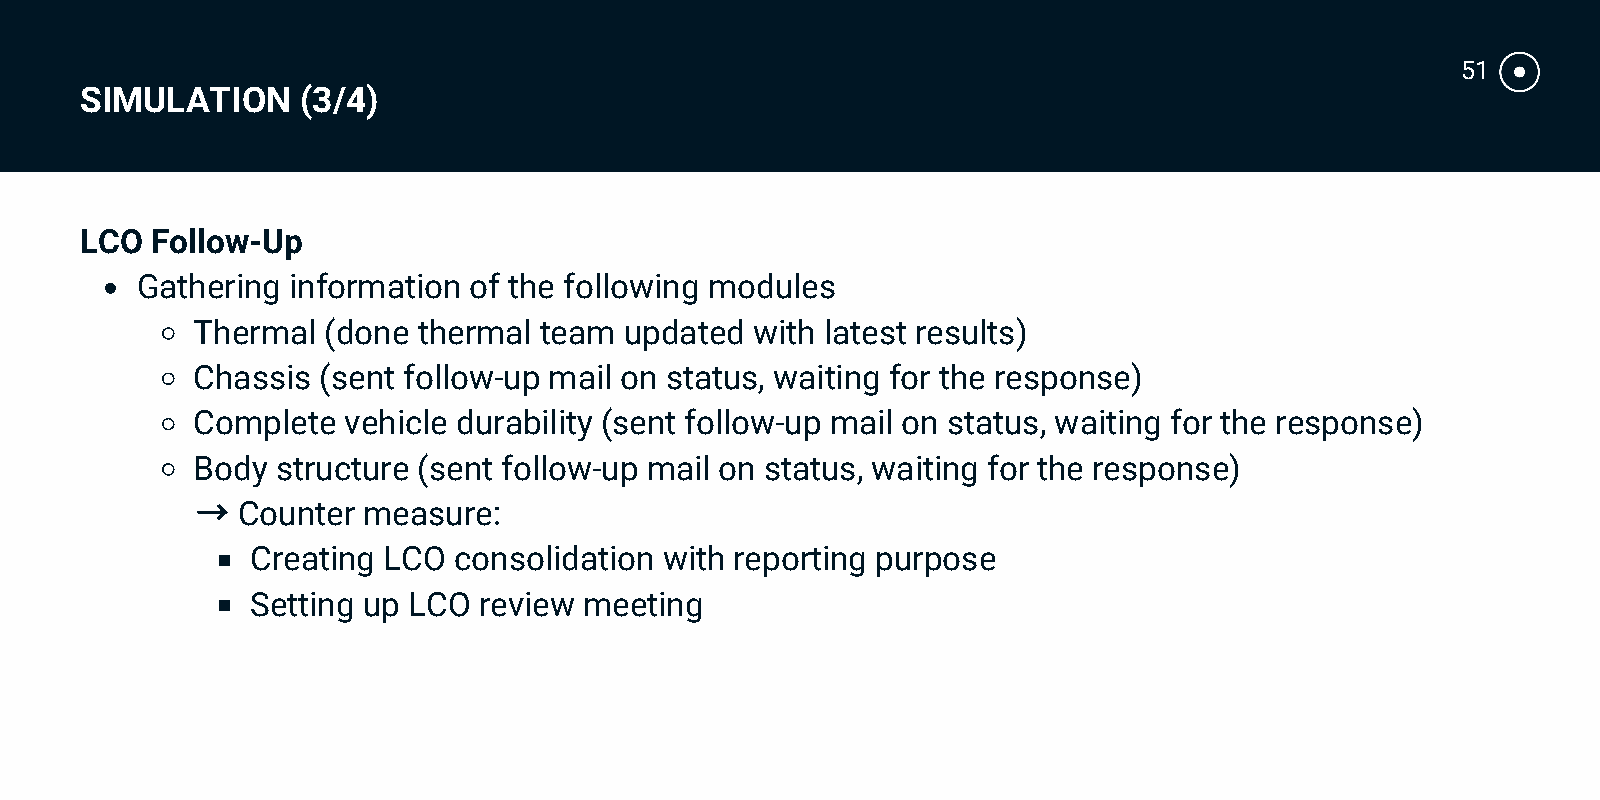
51
 SIMULATION     (3/4)
 LCO  Follow-Up
 Gathering information of the following modules
 Thermal (done  thermal team updated  with latest results)
 Chassis (sent follow-up mail on status, waiting for the response)
 Complete  vehicle durability (sent follow-up mail on status, waiting for the response)
 Body structure (sent follow-up mail on status, waiting for the response)
 →
 Counter measure:
 Creating LCO consolidation with reporting purpose
 Setting up LCO review meeting